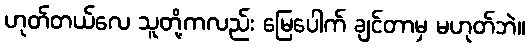
ဟုတ်တယ်လေ သူတို့ကလည်း မြေပေါက် ချင်တာမှ မဟုတ်ဘဲ။